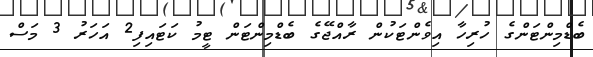
ބެޑްމިންޓަންގެ ހުރިހާ އިވެންޓަކުން ރާއްޖޭގެ ބެޑްމިންޓަން ޓީމު ކަޓައިފި2 އަހަރު 3 މަސް